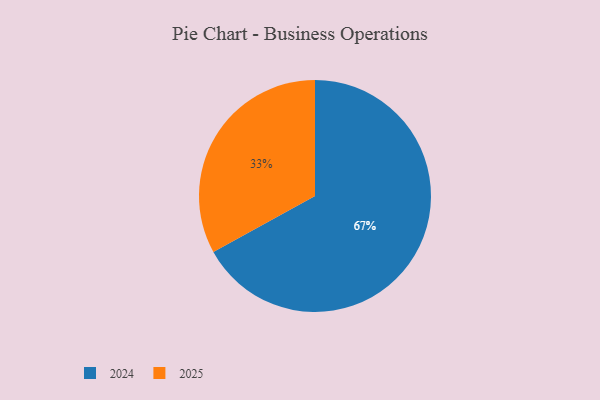
{"axis": {"x": "Category", "y": "Percentage"}, "legend": ["2024", "2025"], "data": [{"x": "2025", "y": 33, "type": "2025"}, {"x": "2024", "y": 67, "type": "2024"}]}